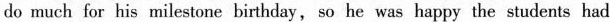
do much for his milestone birthday, so he was happy the students had